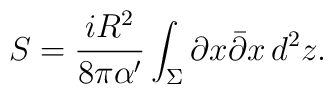
S = \frac{iR^2}{8\pi\alpha^\prime}\int_\Sigma \partial x \bar\partial x		\,d^2z.